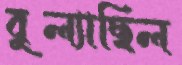
বুল্যাছিল